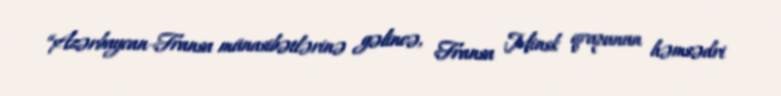
“Azərbaycan-Fransa münasibətlərinə gəlincə, Fransa Minsk qrupunun həmsədri